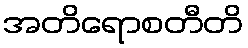
အတိရောစတီတိ